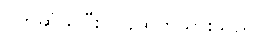
ပိုက်ဆံယူပြီး ပြန်ထွက်သွားသည်။